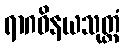
ရာဂဝိနယသုတ္တံ